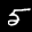
Label: 5